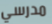
مدرسي